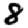
Digit: 8